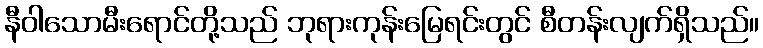
နီဝါသောမီးရောင်တို့သည် ဘုရားကုန်းမြေရင်းတွင် စီတန်းလျက်ရှိသည်။